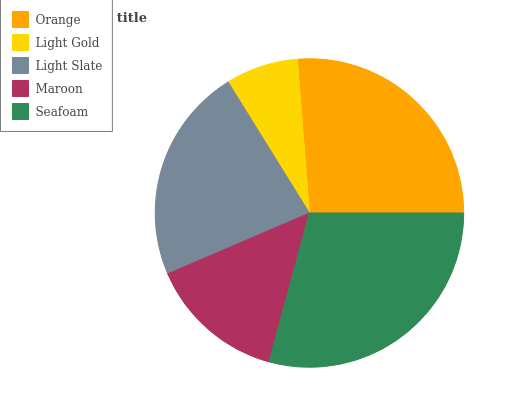
| Orange | Light Gold | Light Slate | Maroon | Seafoam |
 | --- | --- | --- | --- | --- |
 | 26.2% | 7.59% | 22.6% | 14.3% | 29.3% |